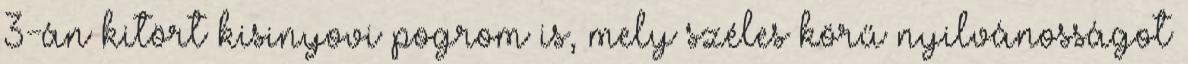
3-án kitört kisinyovi pogrom is, mely széles körű nyilvánosságot